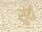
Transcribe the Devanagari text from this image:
सुंदी